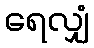
ရေလျှံ